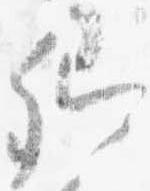
卿